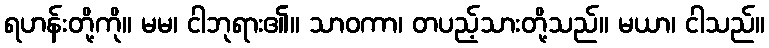
ရဟန်းတို့ကို။ မမ၊ ငါဘုရား၏။ သာဝကာ၊ တပည့်သားတို့သည်။ မယာ၊ ငါသည်။